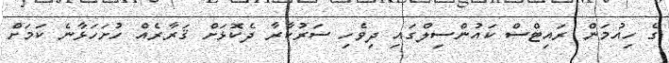
ގެ ހިއުމަން ރައިޓްސް ކަައުންސިލްގައި ދިވެހި ސަރުކާރާ ދެކޮޅަށް ޤަރާރެއް ހުށަހަޅާނެ ކަމަށް